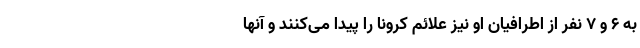
به ۶ و ۷ نفر از اطرافیان او نیز علائم کرونا را پیدا می‌کنند و آنها